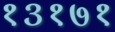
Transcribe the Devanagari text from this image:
१३१७१